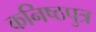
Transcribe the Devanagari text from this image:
कनिष्ठपुत्र